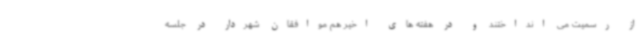
از رسمیت می انداختند و در هفته های اخیر هم موافقان شهردار در جلسه